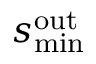
s _ { \mathrm { m i n } } ^ { \mathrm { o u t } }